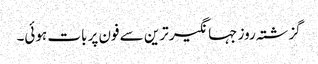
گزشتہ روز جہانگیر ترین سے فون پر بات ہوئی۔